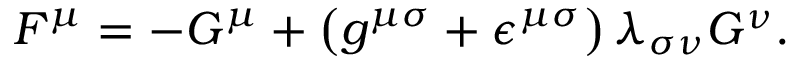
F ^ { \mu } = - G ^ { \mu } + \left( g ^ { { \mu } { \sigma } } + { \epsilon } ^ { { \mu } { \sigma } } \right) { \lambda } _ { { \sigma } { \nu } } { \cal G } ^ { \nu } .